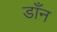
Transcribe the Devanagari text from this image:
डाँन